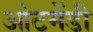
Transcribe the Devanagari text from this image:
ओटमेंडी